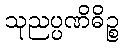
သုညပ္ပဏိဓိဉ္စ